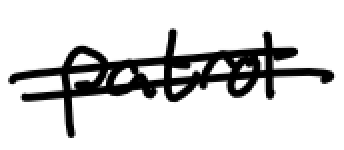
Text: patrol
Cross-out: double-line
Writing tool: digital_black